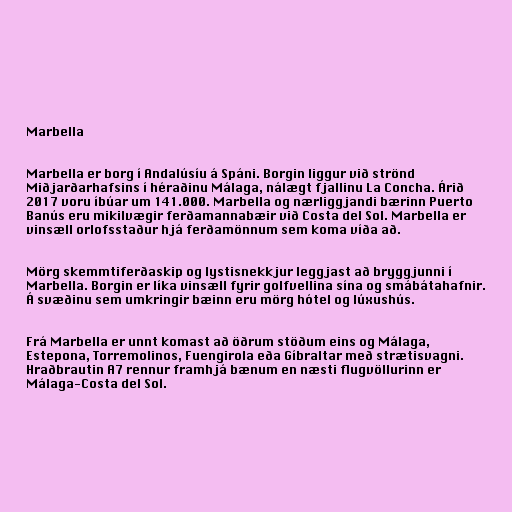
Marbella

Marbella er borg í Andalúsíu á Spáni. Borgin liggur við strönd
Miðjarðarhafsins í héraðinu Málaga, nálægt fjallinu La Concha. Árið
2017 voru íbúar um 141.000. Marbella og nærliggjandi bærinn Puerto
Banús eru mikilvægir ferðamannabæir við Costa del Sol. Marbella er
vinsæll orlofsstaður hjá ferðamönnum sem koma víða að.

Mörg skemmtiferðaskip og lystisnekkjur leggjast að bryggjunni í
Marbella. Borgin er líka vinsæll fyrir golfvellina sína og smábátahafnir.
Á svæðinu sem umkringir bæinn eru mörg hótel og lúxushús.

Frá Marbella er unnt komast að öðrum stöðum eins og Málaga,
Estepona, Torremolinos, Fuengirola eða Gíbraltar með strætisvagni.
Hraðbrautin A7 rennur framhjá bænum en næsti flugvöllurinn er
Málaga-Costa del Sol.